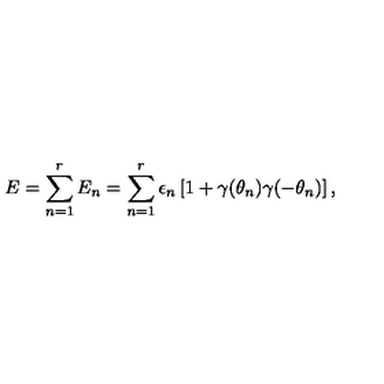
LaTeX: E = \sum _ { n = 1 } ^ { r } E _ { n } = \sum _ { n = 1 } ^ { r } \epsilon _ { n } \left[ 1 + \gamma ( \theta _ { n } ) \gamma ( - \theta _ { n } ) \right] ,